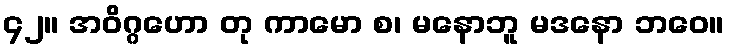
၄၂။ အဝိဂ္ဂဟော တု ကာမော စ၊ မနောဘူ မဒနော ဘဝေ။